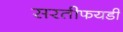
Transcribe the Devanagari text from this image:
सरतीफयडी